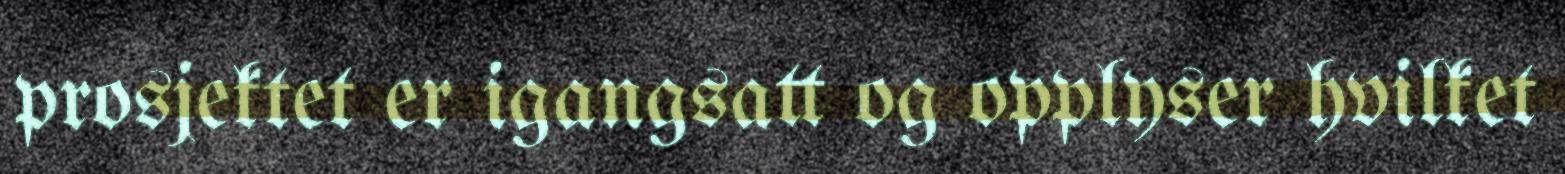
prosjektet er igangsatt og opplyser hvilket